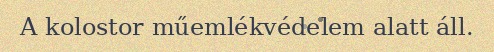
A kolostor műemlékvédelem alatt áll.